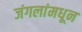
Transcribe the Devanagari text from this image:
जंगलांमधून